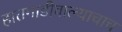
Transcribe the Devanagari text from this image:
हातगाडीवाल्याचाच